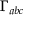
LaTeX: \Gamma _ { a b c }